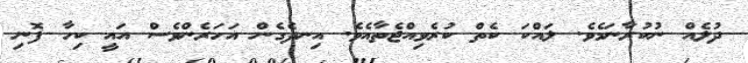
ދުލެއް ނުކުރާނަމެވެ. ލައްކަ ކެތް ކުރެވިއްޖެތާއެވެ. އިނދެގެން އަހަރެންވެސް އައީ ކިހާ ފޮނި